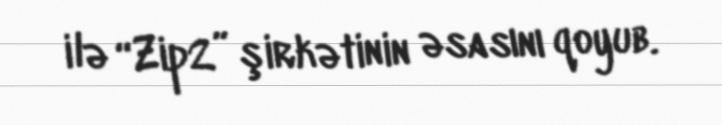
ilə “Zip2” şirkətinin əsasını qoyub.